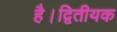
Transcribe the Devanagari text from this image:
है।द्वितीयक